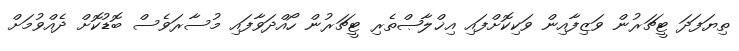
ތިޔަފަދަ ޓީޗަރުން ވަޒިފާއިން ވަކިކޮށްފައި އިޚްލާޞްތެރި ޓީޗަރުން ހޯއްދަވާފައި މުސާރަވެސް ބޮޑުކޮށް ދެއްވުމަށް